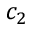
c _ { 2 }